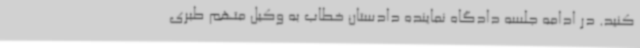
کنید. در ادامه جلسه دادگاه نماینده دادستان خطاب به وکیل متهم طبری